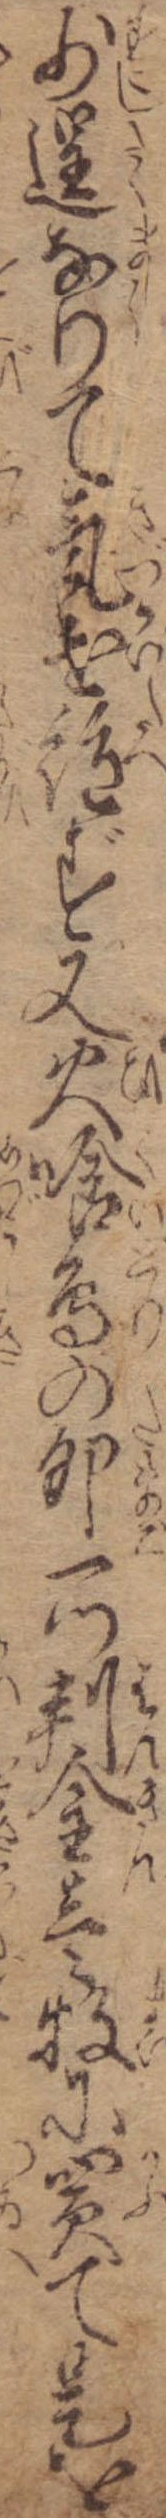
少逞なりて気遣絶ず又火喰鳥の卵一つ判金壱牧に買て是を